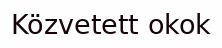
Közvetett okok